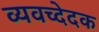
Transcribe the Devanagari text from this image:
व्यवच्देदक